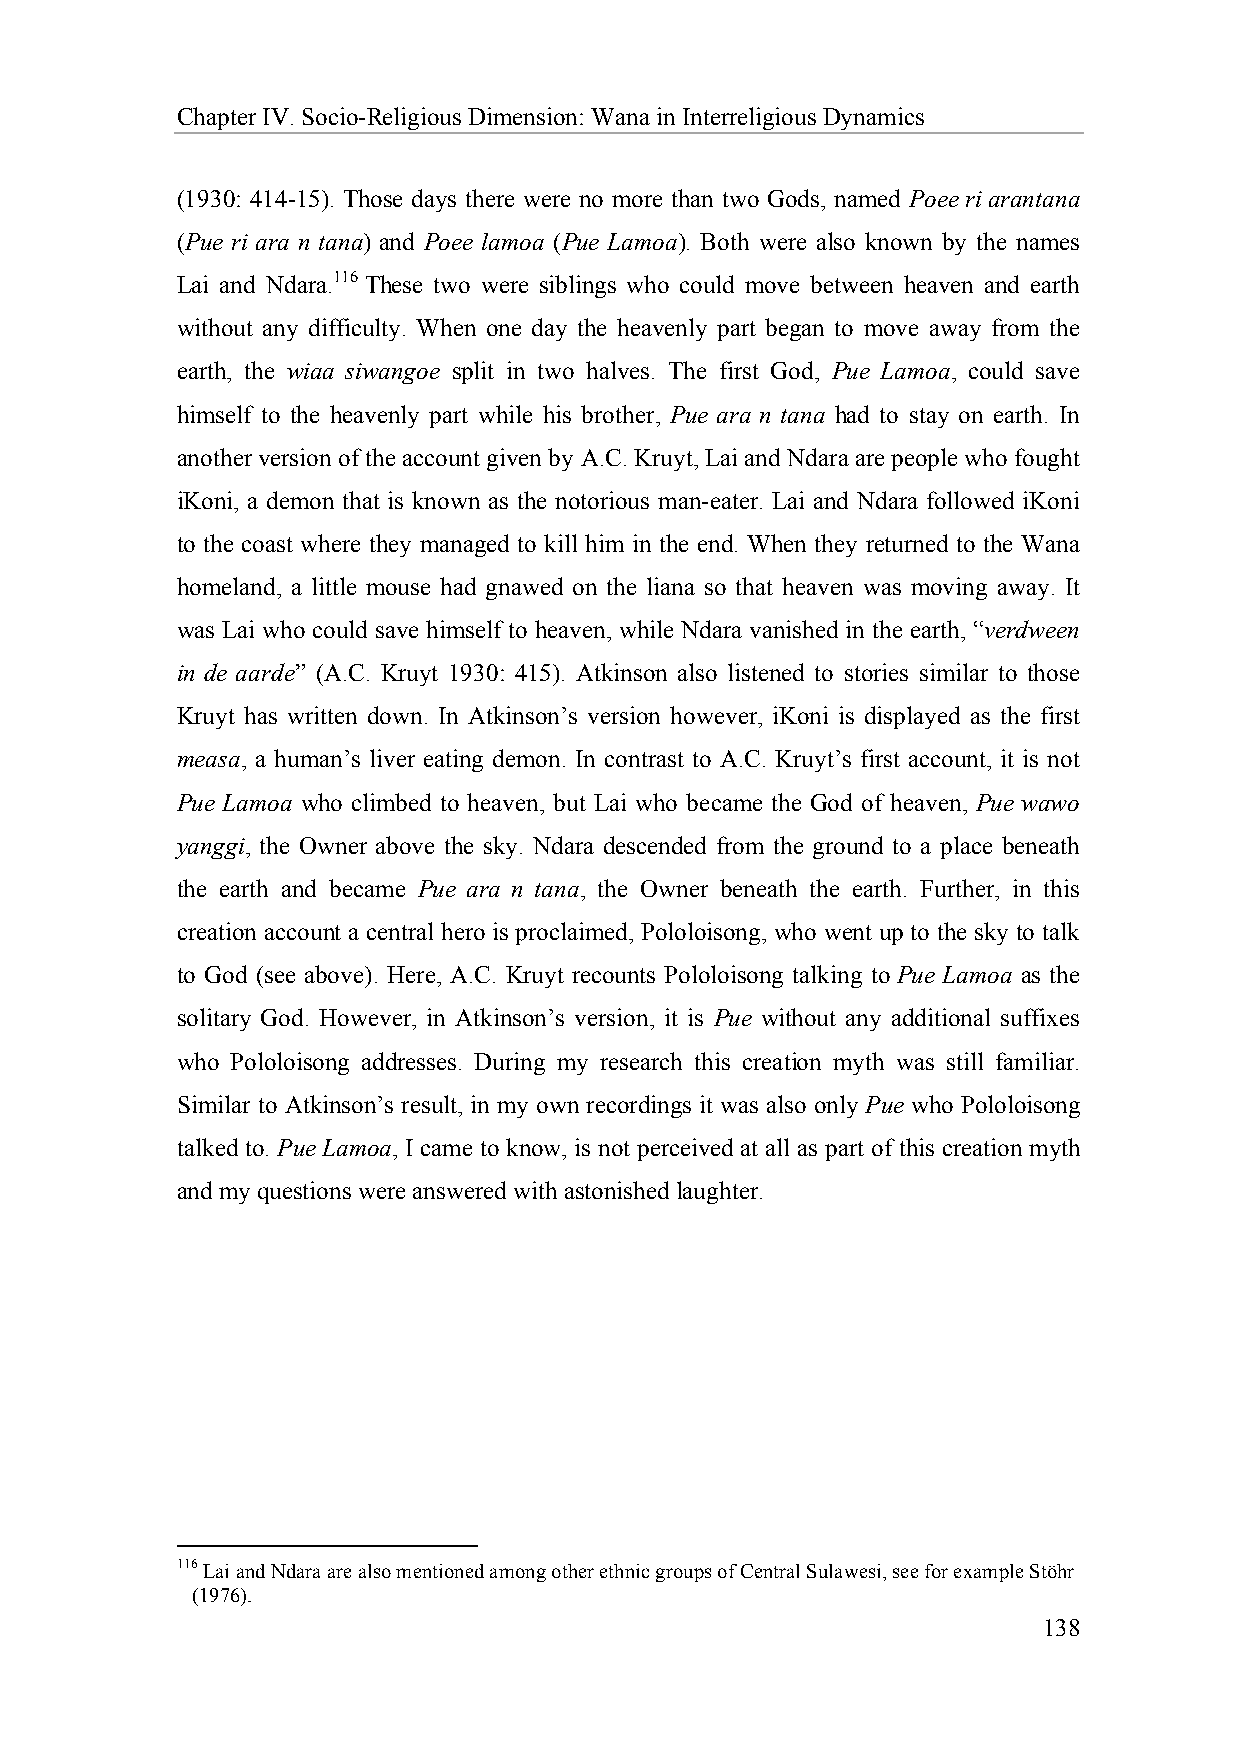
Chapter IV. Socio-Religious Dimension: Wana in Interreligious Dynamics
 (1930: 414-15). Those days there were no more than two Gods, named Poee ri arantana
 (Pue ri ara n tana) and Poee lamoa (Pue Lamoa). Both were also known by the names
 Lai and Ndara.116 These two were siblings who could move between heaven and earth
 without any difficulty. When one day the heavenly part began to move away from the
 earth, the wiaa siwangoe split in two halves. The first God, Pue Lamoa, could save
 himself to the heavenly part while his brother, Pue ara n tana had to stay on earth. In
 another version of the account given by A.C. Kruyt, Lai and Ndara are people who fought
 iKoni, a demon that is known as the notorious man-eater. Lai and Ndara followed iKoni
 to the coast where they managed to kill him in the end. When they returned to the Wana
 homeland, a little mouse had gnawed on the liana so that heaven was moving away. It
 was Lai who could save himself to heaven, while Ndara vanished in the earth, “verdween
 in de aarde” (A.C. Kruyt 1930: 415). Atkinson also listened to stories similar to those
 Kruyt has written down. In Atkinson’s version however, iKoni is displayed as the first
 measa, a human’s liver eating demon. In contrast to A.C. Kruyt’s first account, it is not
 Pue Lamoa who climbed to heaven, but Lai who became the God of heaven, Pue wawo
 yanggi, the Owner above the sky. Ndara descended from the ground to a place beneath
 the earth and became Pue ara n tana, the Owner beneath the earth. Further, in this
 creation account a central hero is proclaimed, Pololoisong, who went up to the sky to talk
 to God (see above). Here, A.C. Kruyt recounts Pololoisong talking to Pue Lamoa as the
 solitary God. However, in Atkinson’s version, it is Pue without any additional suffixes
 who Pololoisong addresses. During my research this creation myth was still familiar.
 Similar to Atkinson’s result, in my own recordings it was also only Pue who Pololoisong
 talked to. Pue Lamoa, I came to know, is not perceived at all as part of this creation myth
 and my questions were answered with astonished laughter.
 116 Lai and Ndara are also mentioned among other ethnic groups of Central Sulawesi, see for example Stöhr
 (1976).
 138